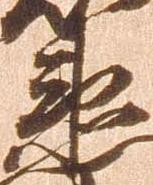
衛